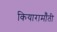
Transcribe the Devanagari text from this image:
कियारामॉँती